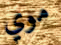
موي